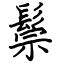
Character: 鬃